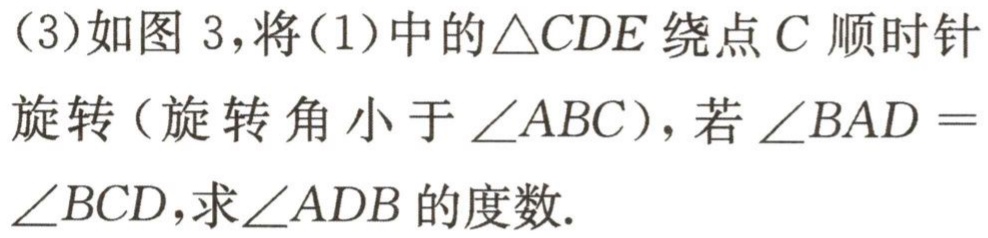
（3）如图 3，将（1）中的$\triangle CDE$绕点$C$顺时针旋转（旋转角小于$\angle ABC$），若$\angle BAD = \angle BCD$，求$\angle ADB$的度数.